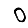
Digit: 0